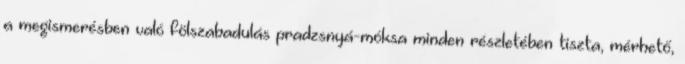
a megismerésben való fölszabadulás pradzsnyá-móksa minden részletében tiszta, mérhető,